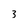
Character: 3